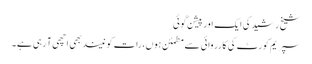
شیخ رشید کی ایک اور پیشن گوئی
سپریم کورٹ کی کارروائی سے مطمئن ہوں، رات کو نیند بھی اچھی آ رہی ہے ۔